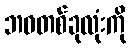
ဘဝတစ်ခုလုံးကို